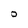
Character: O